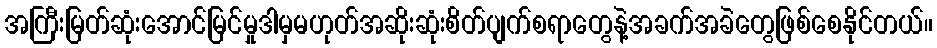
အကြီးမြတ်ဆုံးအောင်မြင်မှုဒါမှမဟုတ်အဆိုးဆုံးစိတ်ပျက်စရာတွေနဲ့အခက်အခဲတွေဖြစ်စေနိုင်တယ်။